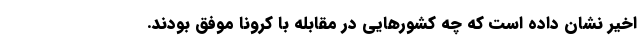
اخیر نشان داده است که چه کشورهایی در مقابله با کرونا موفق بودند.